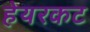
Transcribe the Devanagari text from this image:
हेयरकट